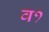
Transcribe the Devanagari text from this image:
व१